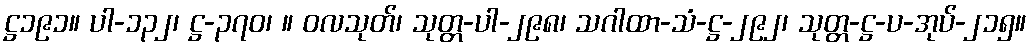
ဋ္ဌ၁၉၁။ ပါ-၁၃၂၊ ဋ္ဌ-၃၇၀၊ ။ ဝလသုတ်၊ သုတ္တ-ပါ-၂၉၈၊ သဂါထာ-သံ-ဋ္ဌ-၂၉၂၊ သုတ္တ-ဋ္ဌ-ပ-အုပ်-၂၁၅။